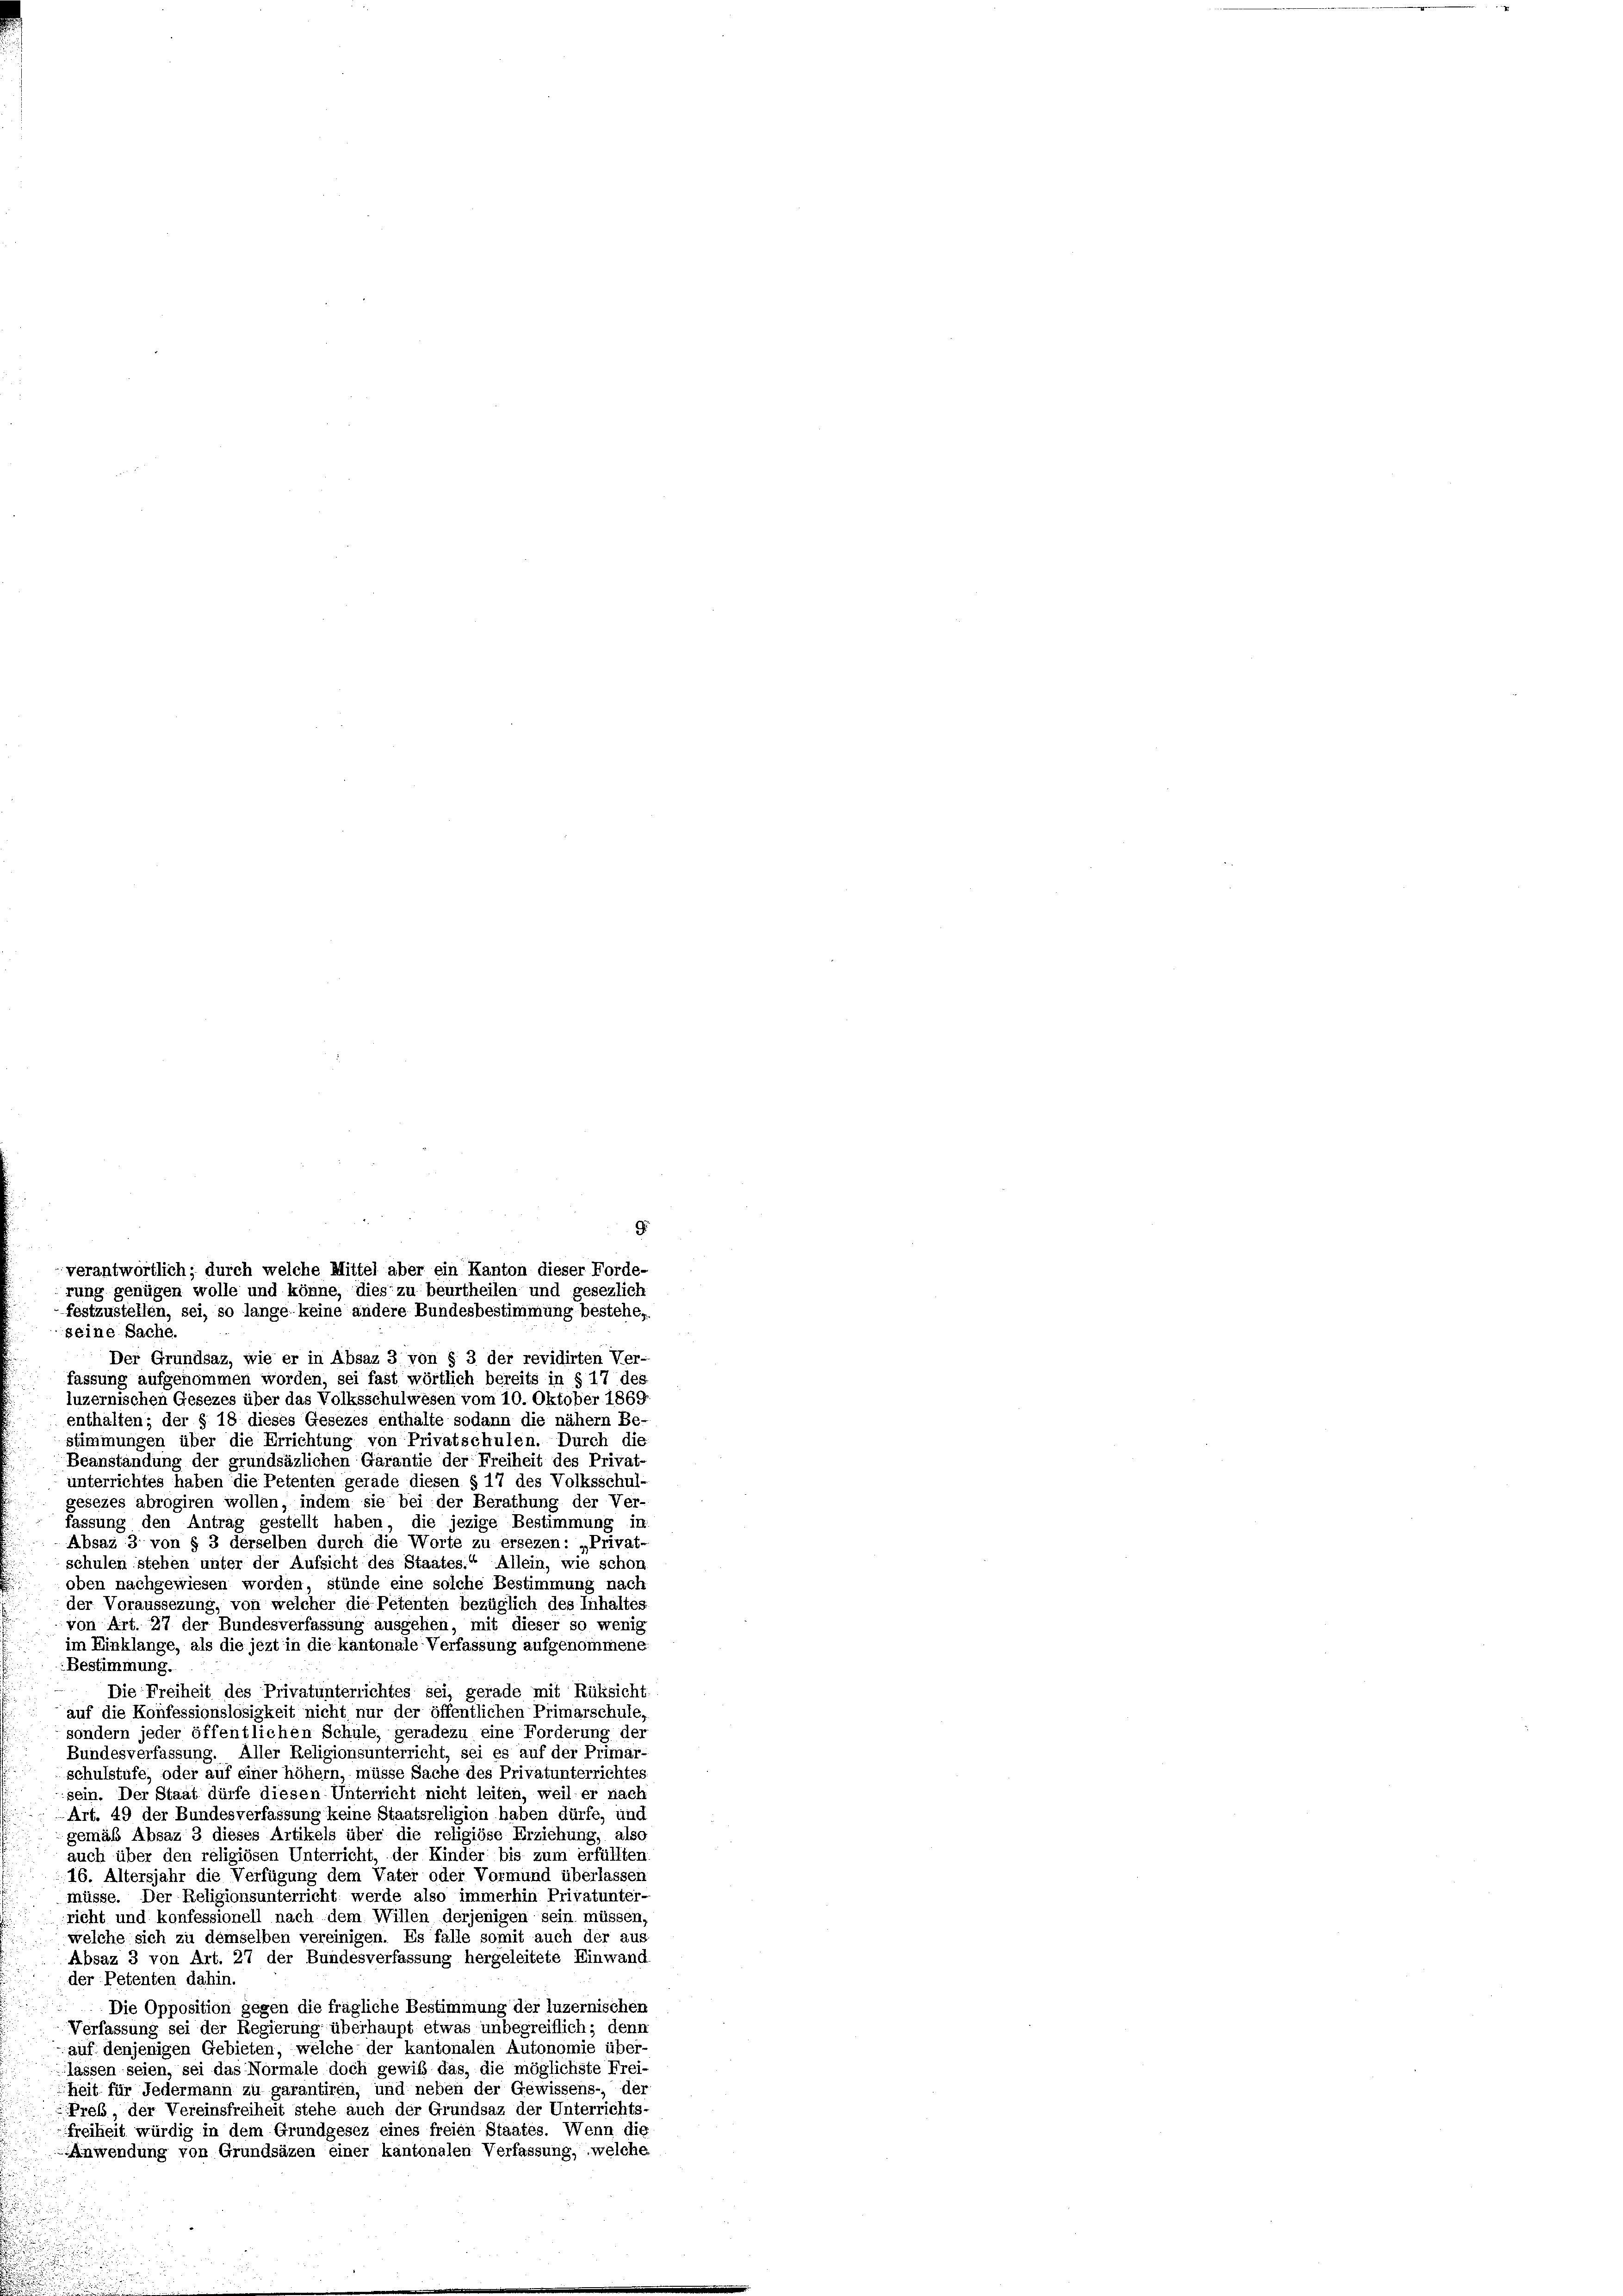
9
verantwortlich; durch welche Mittel aber ein Kanton dieser Forde-
rung genügen wolle und könne, dies zu beurtheilen und gesezlich
festzustellen, sei, so lange keine andere Bundesbestimmung bestehe,

seine Sache.
Bestimmung.
müsse. Der Religionsunterricht werde also immerhin Privatunter-
richt und konfessionell nach dem Willen derjenigen sein müssen,
welche sich zu demselben vereinigen. Es falle somit auch der aus
Absaz 3 von Art. 27 der Bundesverfassung hergeleitete Einwand
der Petenten dahin.
Die Opposition gegen die fragliche Bestimmung der luzernischen
Verfassung sei der Regierung überhaupt etwas unbegreiflich; denn
auf denjenigen Gebieten, welche der kantonalen Autonomie über-
lassen seien, sei das Normale doch gewiß das, die möglichste Frei-
heit für Federmann zu garantiren, und neben der Gewissens-, der
Preb der Vereinsfreiheit stehe auch der Grundsaz der Unterrichts-
freiheit würdig in dem Grundgesez eines freien Staates. Wenn die
Anwendung von Grundsäzen einer kantonalen Verfassung, welche

Der Grundsaz, wie er in Absaz 3 von § 3 der revidirten Ver-
fassung aufgenommen worden, sei fast wörtlich bereits in § 17 des
luzernischen Gesezes über das Volksschulwesen vom 10. Oktober 1869
enthalten; der § 18 dieses Gesezes enthalte sodann die nähern Be-
stimmungen über die Errichtung von Privatschulen. Durch die
Beanstandung der grundsätzlichen Garantie der Freiheit des Privat-
unterrichtes haben die Petenten gerade diesen § 17 des Volksschul-
gesezes abrogiren wollen, indem sie bei der Berathung der Ver-
fassung den Antrag gestellt haben, die jezige Bestimmung in
Absaz 3 von § 3 derselben durch die Worte zu ersezen: „Privat-
schulen stehen unter der Aufsicht des Staates.“ Allein, wie schon
oben nachgewiesen worden, stünde eine solche Bestimmung nach
der Voraussezung, von welcher die Petenten bezüglich des Inhaltes
von Art. 27 der Bundesverfassung ausgehen, mit dieser so wenig
im Einklange, als die jezt in die kantonale Verfassung aufgenommene
Die Freiheit des Privatunterrichtes sei, gerade mit Rüksicht.
auf die Konfessionslosigkeit nicht nur der öffentlichen Primarschule,
sondern jeder öffentlichen Schule, geradezu eine Forderung der
Bundesverfassung. Aller Religionsunterricht, sei es auf der Primar-
schulstufe, oder auf einer höhern, müsse Sache des Privatunterrichtes,
sein. Der Staat dürfe diesen Unterricht nicht leiten, weil er nach
Art. 49 der Bundesverfassung keine Staatsreligion haben dürfe, und
gemäß Absaz 3 dieses Artikels über die religiöse Erziehung, also
auch über den religiösen Unterricht, der Kinder bis zum erfüllten
16. Altersjahr die Verfügung dem Vater oder Vormund überlassen